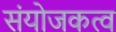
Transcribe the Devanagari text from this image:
संयोजकत्व